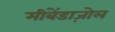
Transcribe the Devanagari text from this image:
मीबेंडाज़ोल